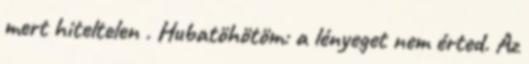
mert hiteltelen . Hubatöhötöm: a lényeget nem érted. Az